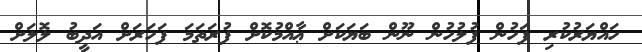
ހައްޔަރުކުރި ފަހުން ފުލުހުން ނޫން ބަޔަކަށް ޢާއްމުކޮށް ފުރަތަމަ ފަހަރަށް އަދީބު ލޮލަށް